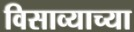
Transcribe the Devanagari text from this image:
विसाव्याच्या